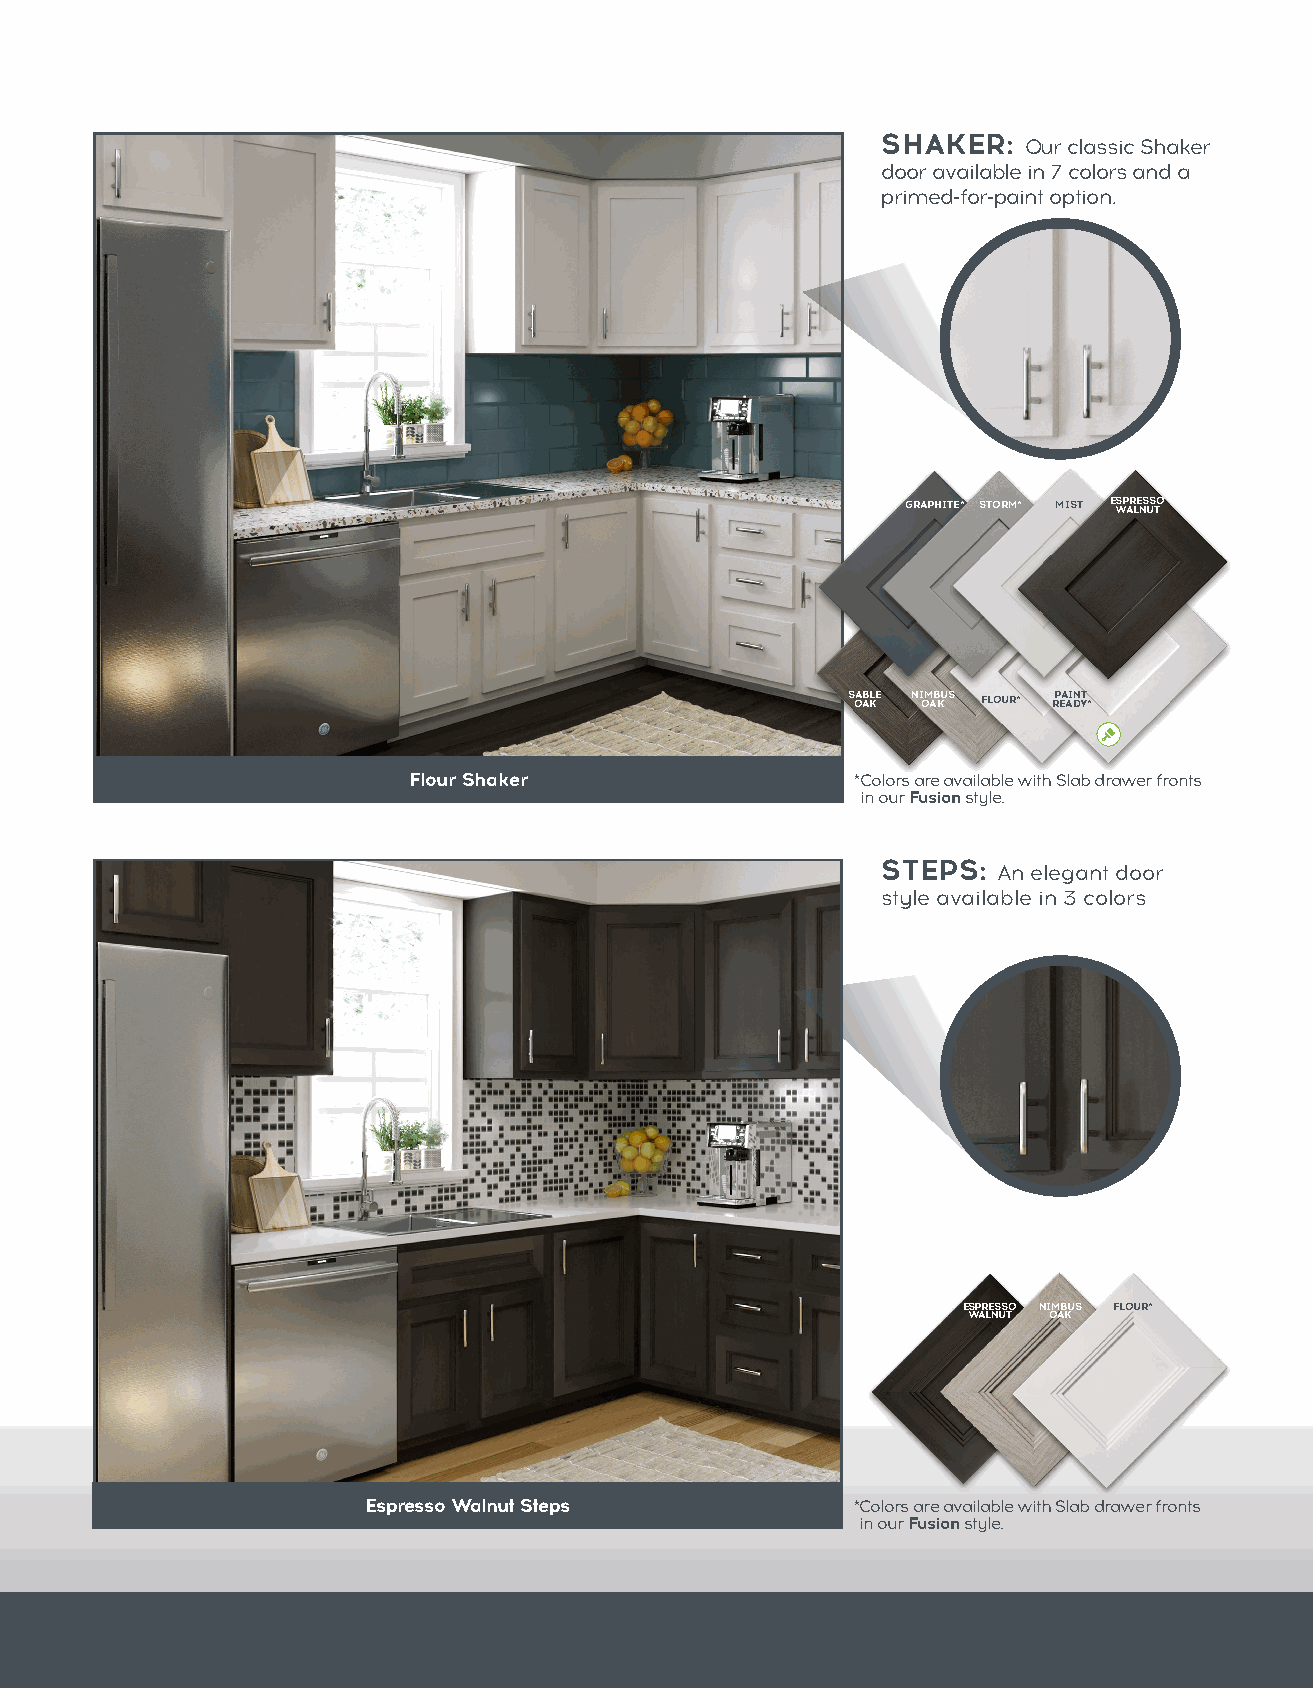
SHAKER:   Our classic Shaker
 door available in 7 colors and a
 primed-for-paint option.
 GRAPHITE* STORM* MIST E WSP AR LE NS US TO
 S OA AB KLE NI OM AB KUS FLOUR* RP EA AI DN YT *
 Flour Shaker                 *C olors are available with Slab drawer fronts
 in our Fusion style.
 STEPS:  An elegant door
 style available in 3 colors
 ESPRESSO NIMBUS FLOUR*
 WALNUT OAK
 Espresso Walnut Steps           *C olors are available with Slab drawer fronts
 in our Fusion style.